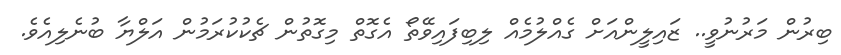
ބިރުން މަރުނުވީ.. ޒައިލީންއަށް ގެއްލުމެއް ލިބިފައިވޭތޯ އެގޮތް މިގޮތުން ޗެކުކުރަމުން އަލްޔާ ބުނެލިއެވެ.